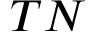
T N